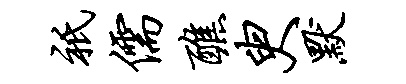
只儒醮臾默